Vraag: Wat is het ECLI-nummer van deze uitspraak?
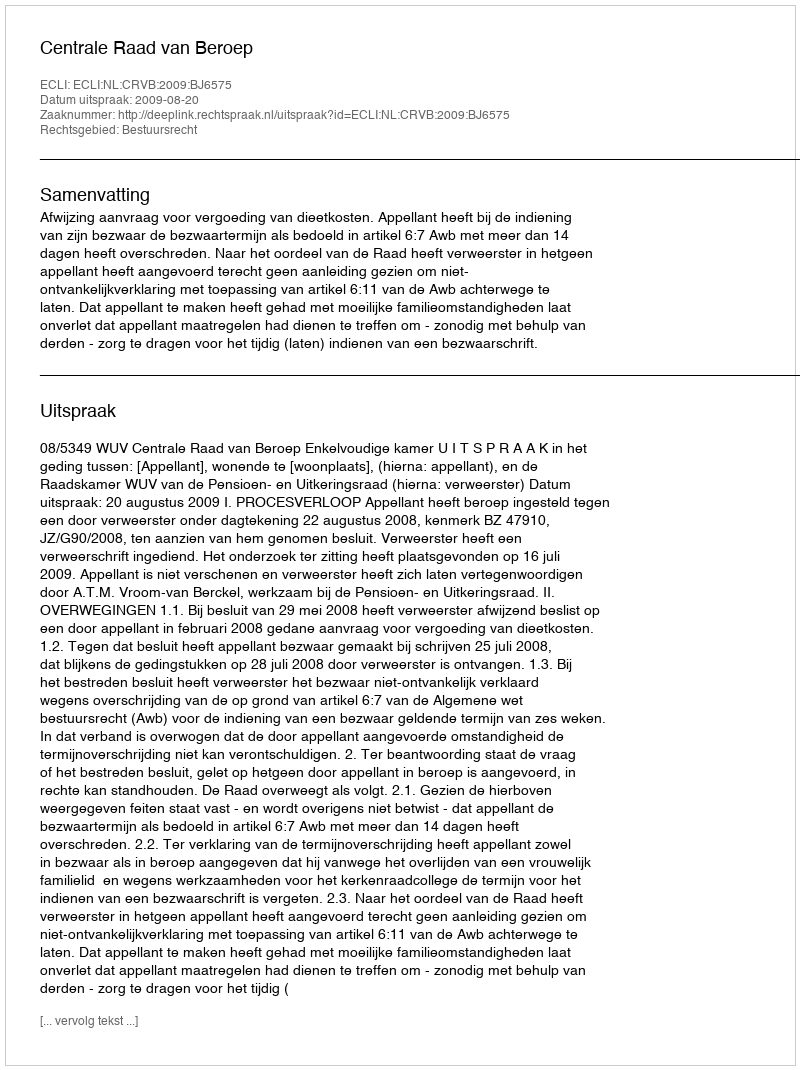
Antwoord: ECLI:NL:CRVB:2009:BJ6575